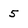
Character: 5